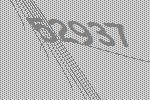
52937